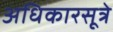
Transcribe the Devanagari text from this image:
अधिकारसूत्रे